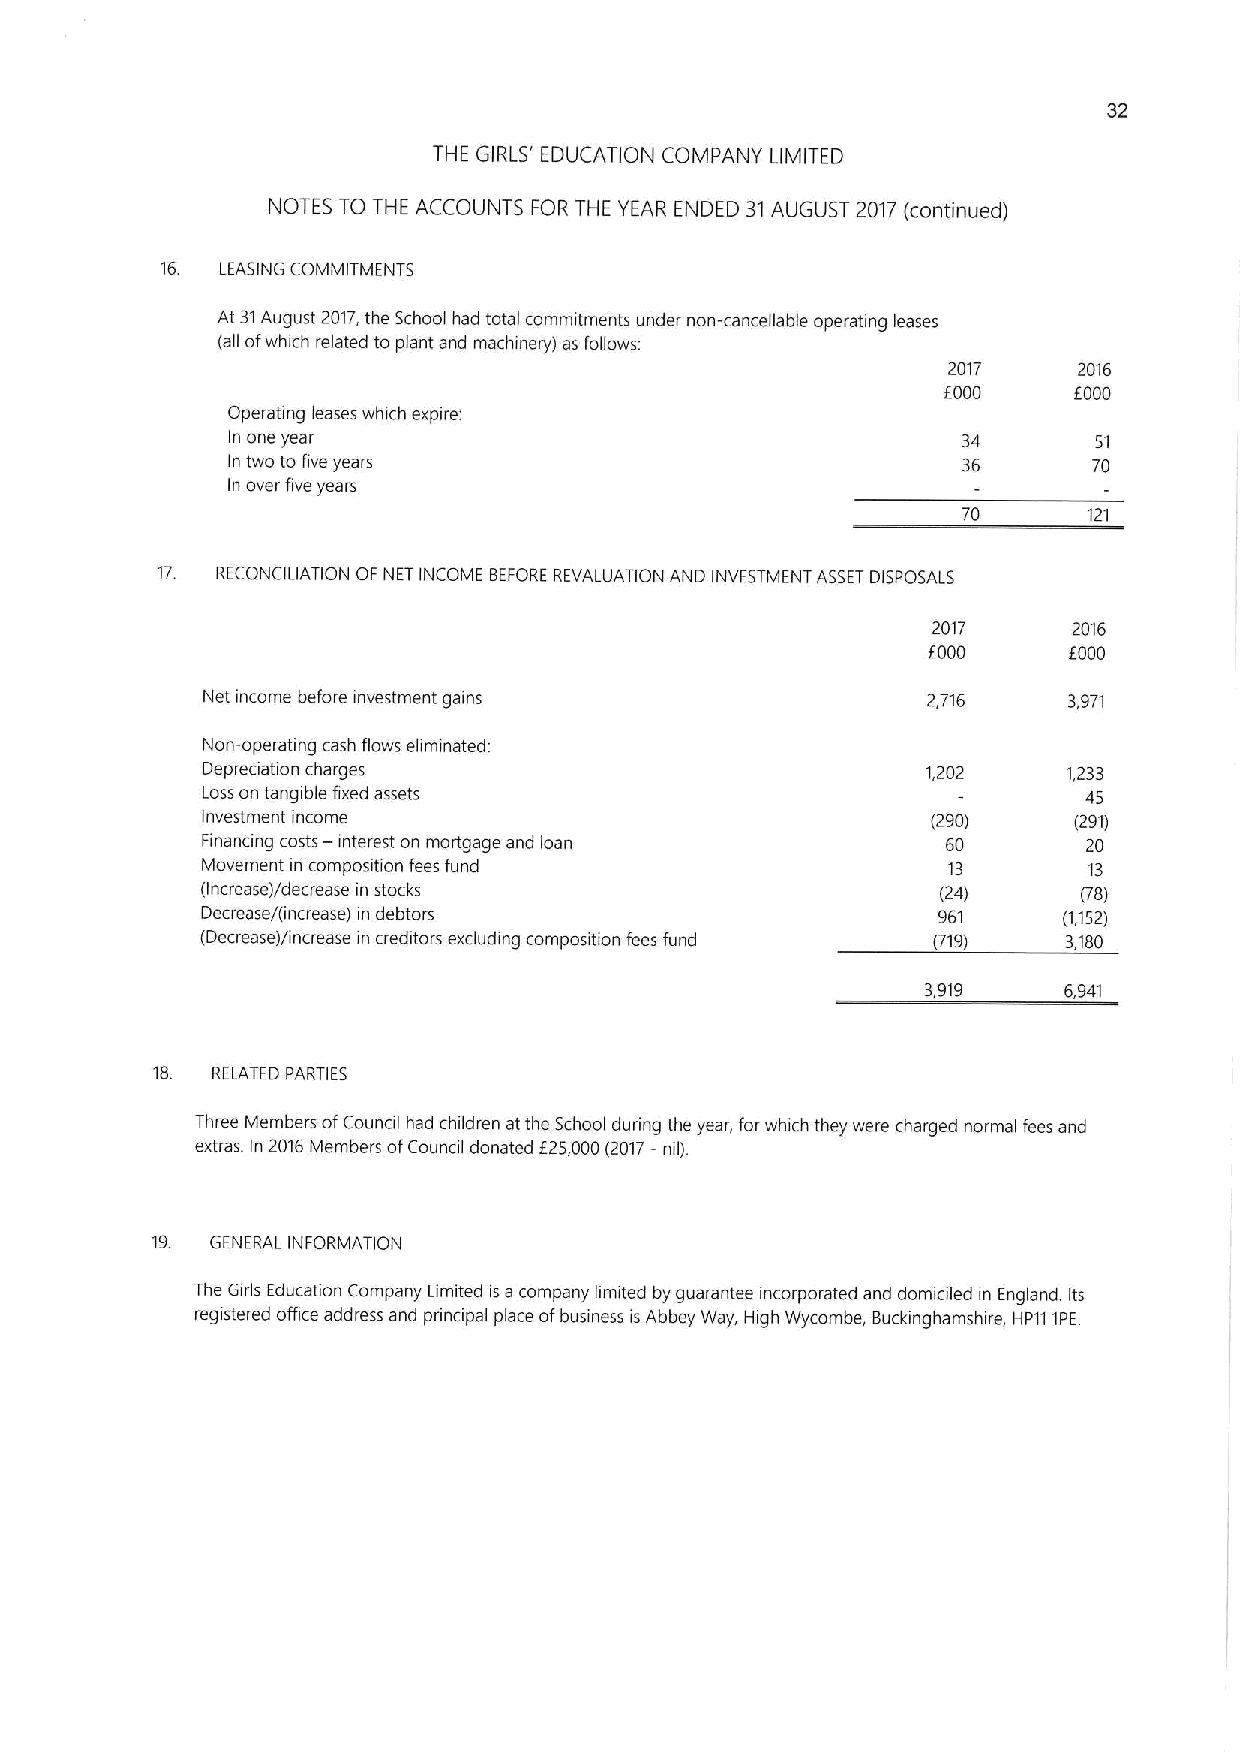
32
 THE GIRLS' EDUCATION COMPANY LIMITED
 NOTES TO THE ACCOUNTS FOR THE YEAR ENDED 31AUGUST 2017(continued)
 LEASING COMMITMENTS
 At 31August 2017,the School had total commitments under non-cancellable operating leases
 (all ofwhich related to plant and machinery) as follows:
 2017    2016
 F000     F000
 Operating leases which expire:
 In one year                                      34      51
 In two to five years                             36      70
 In over five years
 70      121
 17. RECONCILIATION OF NET INCOME BEFOREREVALUATION AND INVESTMENT ASSET DISPOSALS
 2017     2016
 F000      f000
 Net income before investment gains              2,716     3,971
 Non-operating cash flows ehminated:
 Depreaation charges                             1,202     1,233
 Loss on tangible fixed assets                              45
 Investment income                                (290)    (291)
 Finanang costs — interest on mortgage and loan    60       20
 Movement in composition fees fund                 13       13
 (Increase)/decrease in stocks                    (24)      (78)
 Decrease/(increase) in debtors                   961     (1,152)
 (Decrease)/increase in creditors excluding composition fees fund (719) 3,180
 3,919    6,941
 18. RELATED PARTIES
 Three Members ofCouncil had children at the School dunng the year, for which they were charged normal fees and
 extras. In 2016Members ofCounal donated f25,000(2017—nil).
 19  GENERAL INFORMATION
 The Girls Education Company Limited is a company limited by guarantee incorporated and domialed in England. Its
 registered office address and principal place ofbusiness is Abbey Way, High Wycombe, Buckinghamshire, HP111PE